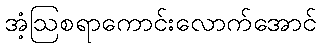
အံ့ဩစရာကောင်းလောက်အောင်